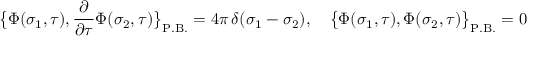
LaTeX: \bigl \{ \Phi ( \sigma _ { 1 } , \tau ) , { \frac { \partial } { \partial \tau } } \Phi ( \sigma _ { 2 } , \tau ) \bigr \} _ { \mathrm { P . B . } } = 4 \pi \, \delta ( \sigma _ { 1 } - \sigma _ { 2 } ) , \quad \bigl \{ \Phi ( \sigma _ { 1 } , \tau ) , \Phi ( \sigma _ { 2 } , \tau ) \bigr \} _ { \mathrm { P . B . } } = 0